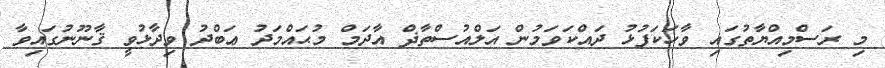
މި ރަސްމިއްޔާތުގައި ވާހަކަފުޅު ދައްކަވަމުން އަލްއުސްތާޛް އާދަމް މުޙައްމަދު ޢަބްދު ވިދާޅުވީ ޤާނޫނުގައިވާ